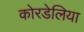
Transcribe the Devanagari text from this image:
कोरडेलिया